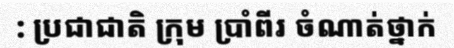
: ប្រជាជាតិ ក្រុម ប្រាំពីរ ចំណាត់ថ្នាក់